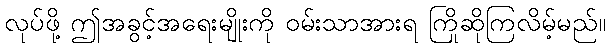
လုပ်ဖို့ ဤအခွင့်အရေးမျိုးကို ဝမ်းသာအားရ ကြိုဆိုကြလိမ့်မည်။